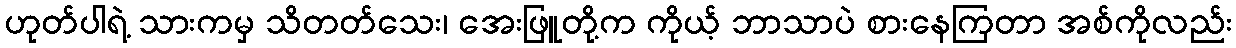
ဟုတ်ပါရဲ့ သားကမှ သိတတ်သေး၊ အေးဖြူတို့က ကိုယ့် ဘာသာပဲ စားနေကြတာ အစ်ကိုလည်း